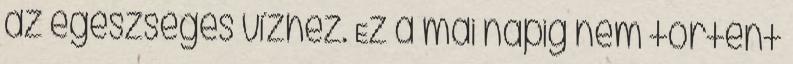
az egészséges vízhez. Ez a mai napig nem történt